Trukikaitis_Postimees, lk 49
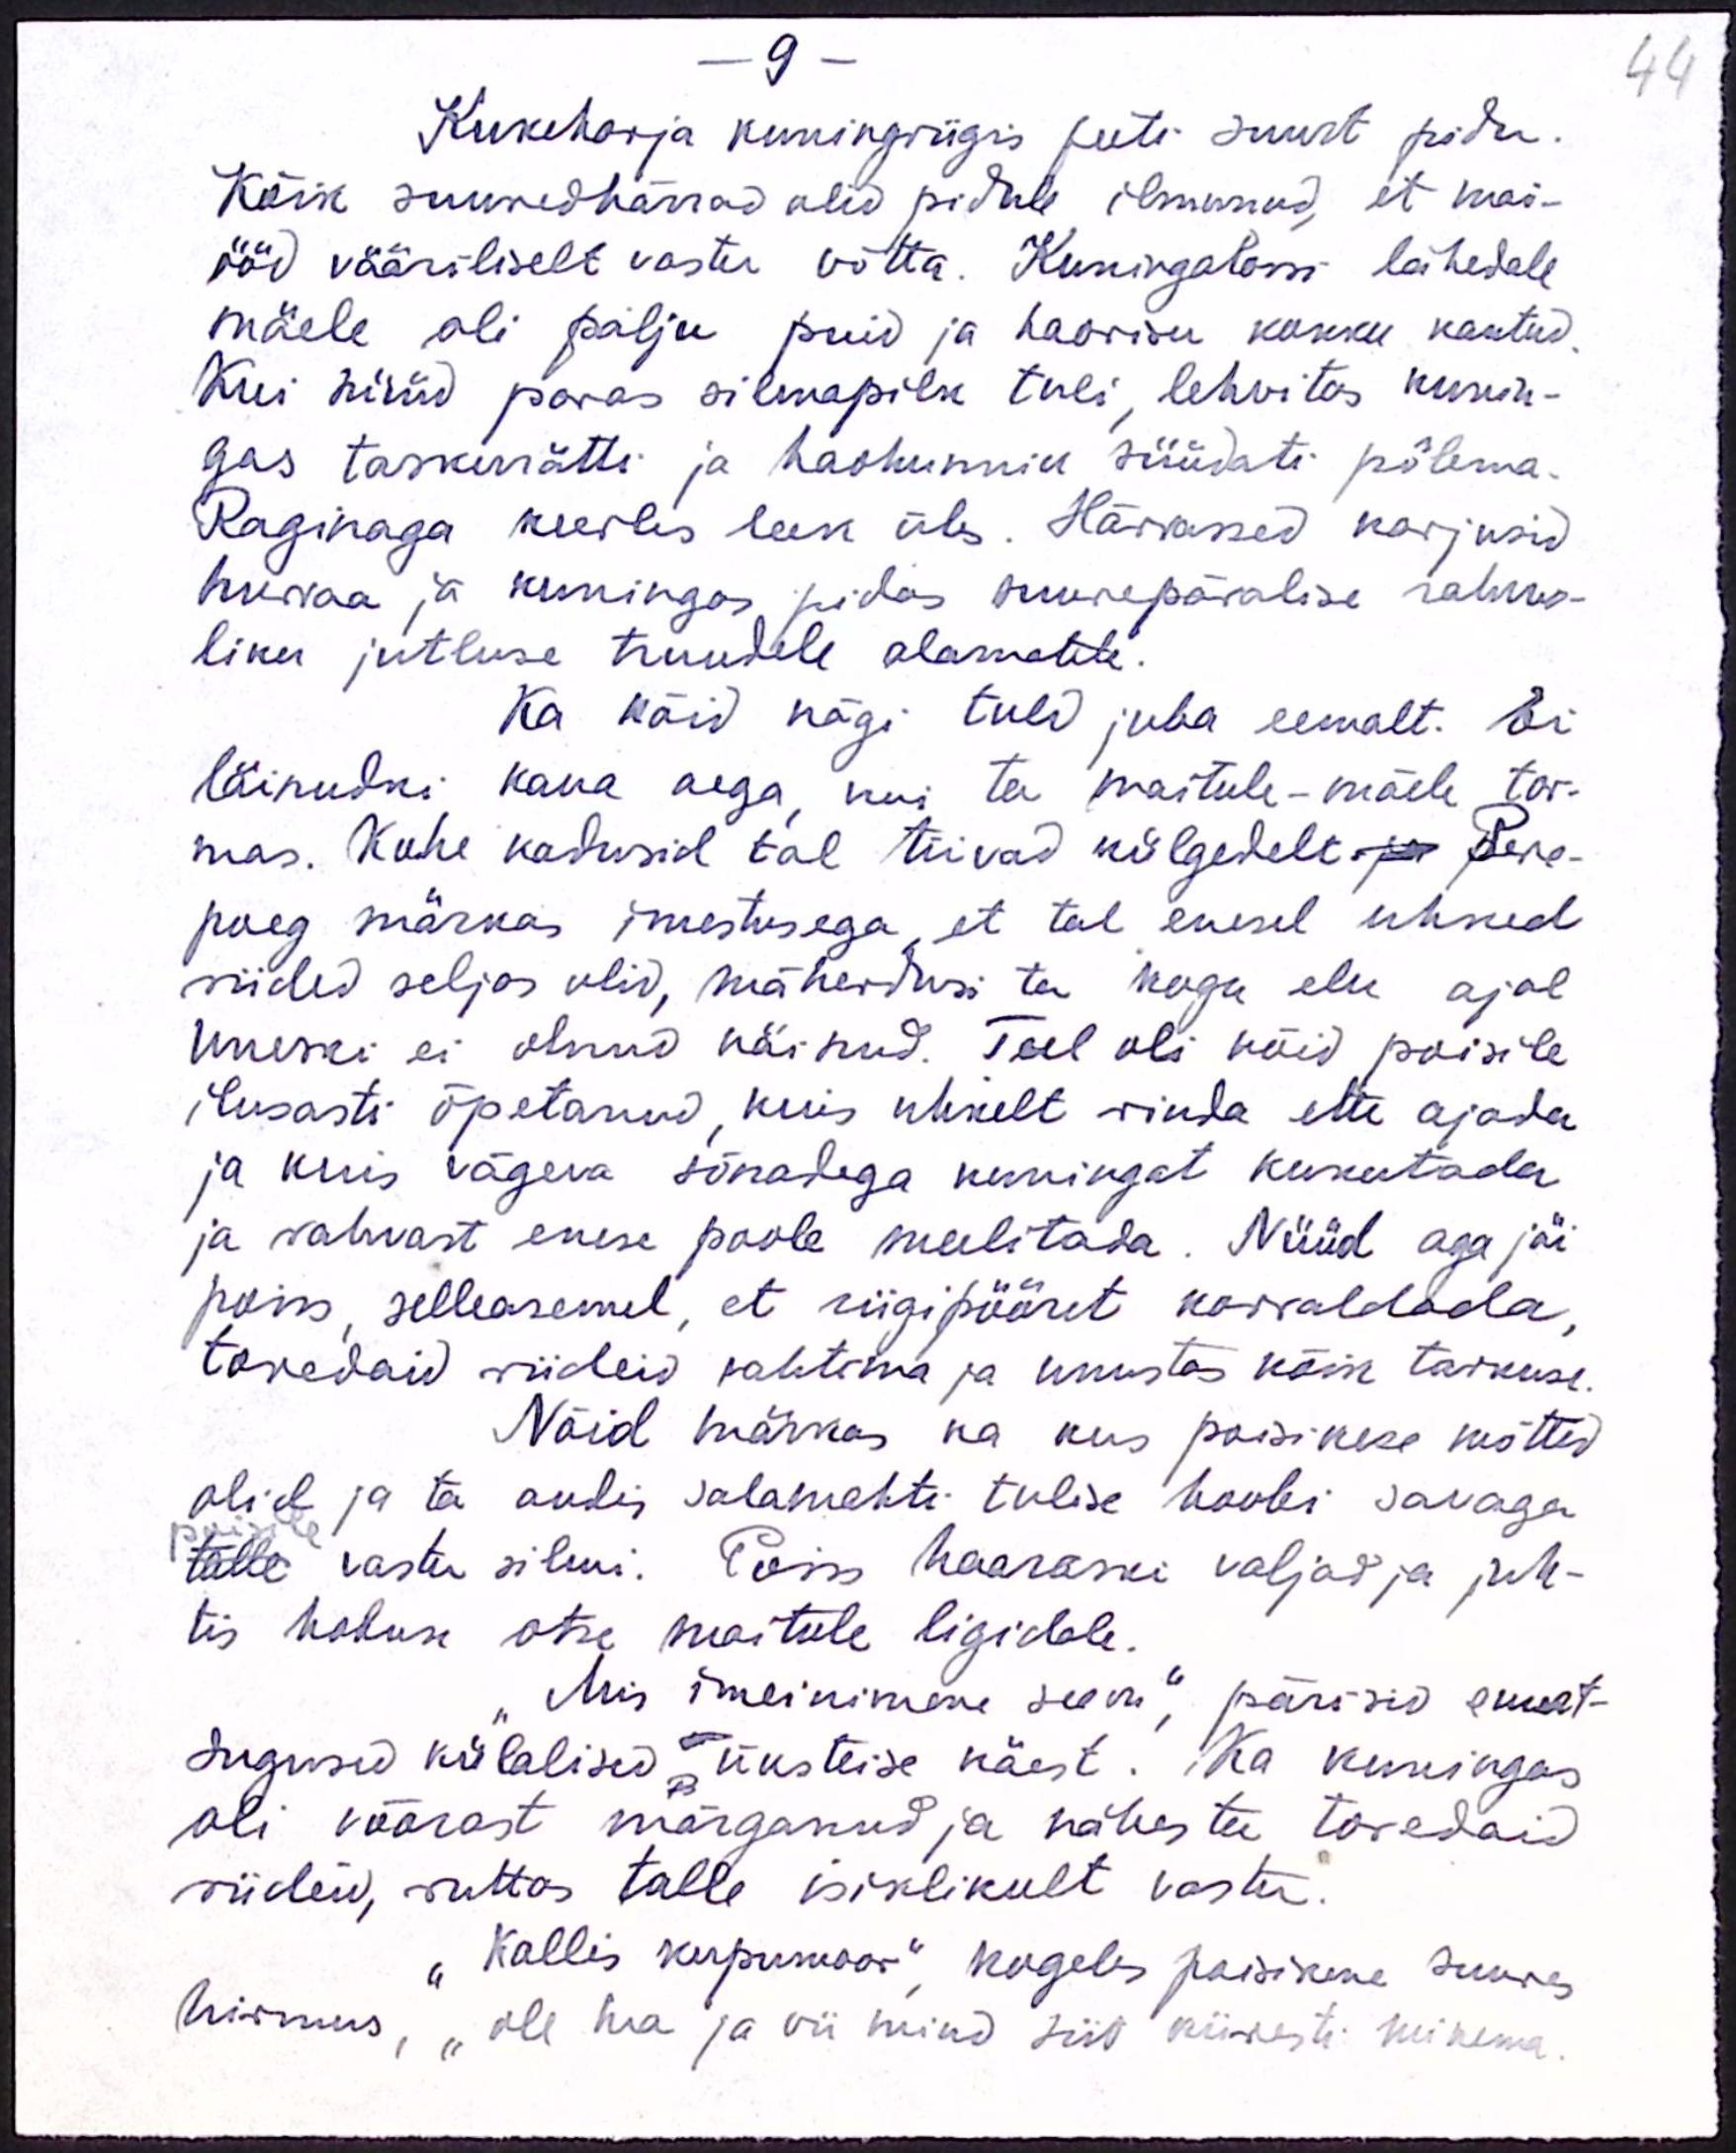
44

9 -
Kukeharja kuningrigis peeti suurt pidu.
Kõik suuredhärrad olid pidule ilmunud, et mai-
ööd vääriliselt vastu võtta. Kuningalossi lähedale
mäele oli palju puid ja haorisu kokku kantud.
Kui nüüd paras silmapilk tuli lehvitas kunin-
gas taskurrätti ja haohunnik süüdati põlema.
Raginaga keerles leek üles. Härrased karjusid
hurraa ja kuningas, pidas suurepäralise rahva-
liku jutluse truudele alamatele.
Ka kõid nägi tuld juba eemalt. Ei
läinudki kaua aega, kui ta maitule-mäele tor-
mas. Kohe kadusid tal tiivad külgedelt ja pere-
poeg märkas imestusega, et tal enesel uhked
riided seljas olid, mäherdusi ta, kogu elu ajal
uneski ei olnud näinud. Teel oli nõid poisile
ilusasti õpetanud kuis uhkelt rinda ette ajada
ja kuis vägeva sõnadega kuningat kukutada
ja rahvast enese poole meelitada. Nüüd aga jäi
poiss, selleasemel, et riigipööret korraldada,
toredaid riideid vahtima ja unustas kõik tarkuse.
Nõid märkas ka kus poisikese mõtted
olid ja ta andis salamehti tulise hooli sauaga.
poisile
talle vastu silmi. Poiss haaraski valjad ja juh-
tis hobuse otse maitule ligidale.
"Mis imeinimene see on", pärisid suurt-
sugused külalised üksteise käest. Ka kuningas
oli võõrast märganud ja nähes ta toredaid
riideid, ruttas talle isiklikult vastu.
"Kallis kupumoor" kogeles poisikene suures
hirmus, "ole hea ja vii mind siis kiiresti minema.